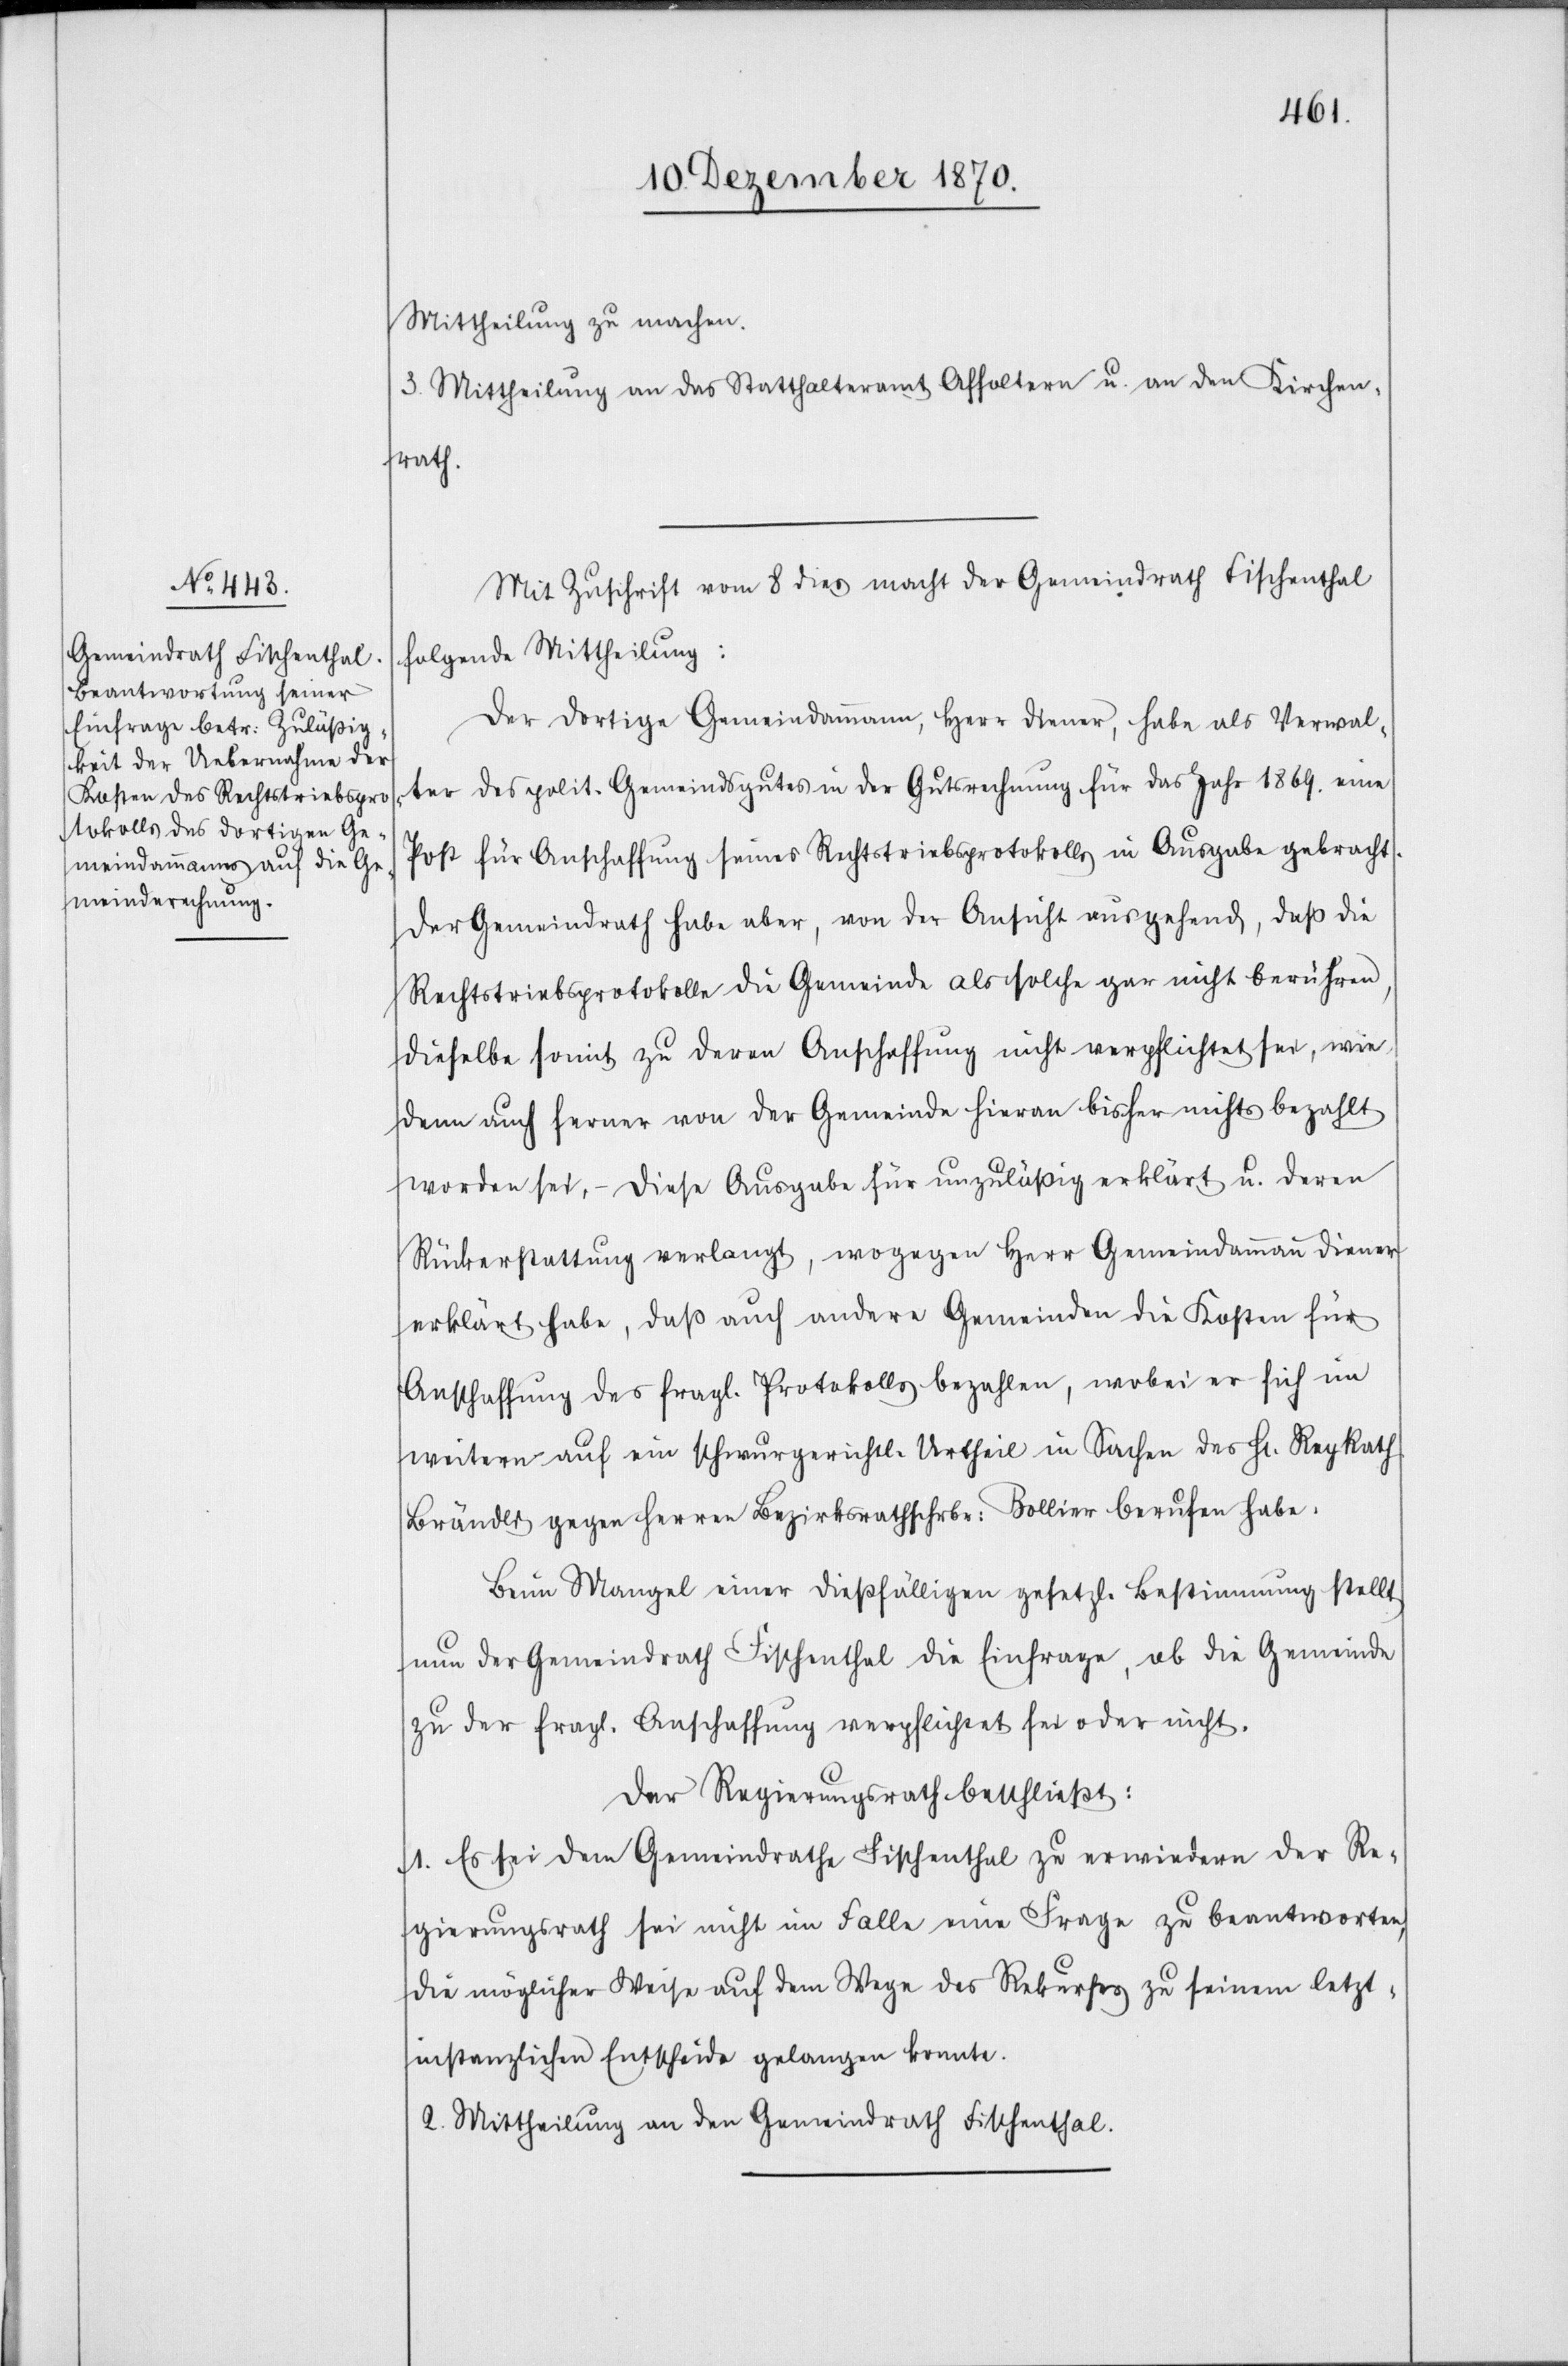
Mittheilung zu machen.
3. Mittheilung an das Statthalteramt Affoltern u. an den Kirchen¬
rath.
Mit Zuschrift vom 8. dies macht der Gemeindrath Fischenthal
folgende Mittheilung:
Der dortige Gemeindammann, Herr Diener, habe als Verwal¬
ter des polit. Gemeindgutes in der Gutsrechnung für das Jahr 1869. eine
Post für Anschaffung seines Rechtstriebsprotokolls in Ausgabe gebracht.
Der Gemeindrath habe aber, von der Ansicht ausgehend, daß die
Rechtstriebsprotokolle die Gemeinde als solche gar nicht berühren,
dieselbe soweit zu deren Anschaffung nicht verpflichtet sei, wie
denn auch ferner von der Gemeinde hievon bisher nichts bezahlt
worden sei, – diese Ausgabe für unzulässig erklärt u. deren
Rückerstattung verlangt, wogegen Herr Gemeindammann Diener
erklärt habe, daß auch andere Gemeinden die Kosten für
Anschaffung des fragl. Protokolls bezahlen, wobei er sich im
weitern auf ein schwurgerichtl. Urtheil in Sachen des H[errn] Reg. Rath
Brändli gegen Herren Bezirksrathsschrbr: Bollier berufen habe.
Beim Mangel einer dießfälligen gesetzl. Bestimmung stellt
nun der Gemeindrath Fischenthal die Einfrage, ob die Gemeinde
zu der fragl. Anschaffung verpflichtet sei oder nicht.
Der Regierungsrath beschließt:
1. Es sei dem Gemeindrath Fischenthal zu erwiedern der Re¬
gierungsrath sei nicht im Falle eine Frage zu beantworten,
die möglicher Weise auf dem Wege des Rekurses zu seinem letzt¬
instanzlichen Entscheide gelangen konnte.
2. Mittheilung an den Gemeindrath Fischenthal.